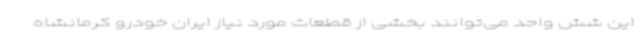
این شش واحد می‌توانند بخشی از قطعات مورد نیاز ایران خودرو کرمانشاه